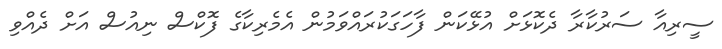
ސީރިއާ ސަރުކާރާ ދެކޮޅަށް އުޅޭކަން ފާހަގަކުރައްވަމުން އެމެރިކާގެ ފޮކްސް ނިއުސް އަށް ދެއްވި